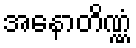
အနောတိဏ္ဏံ